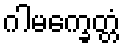
ဂါမက္ခေတ္တံ